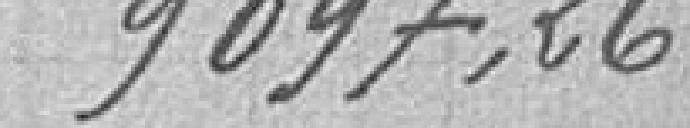
9097,26